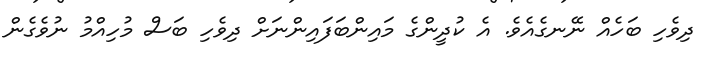
ދިވެހި ބަހެއް ނޭނގެއެވެ. އެ ކުދީންގެ މައިންބަފައިންނަށް ދިވެހި ބަސް މުހިއްމު ނުވެގެން